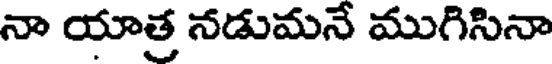
నా యాత్ర నడుమనే ముగిసినా